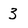
Character: 3